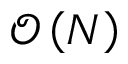
\mathcal { O } \left( N \right)